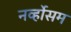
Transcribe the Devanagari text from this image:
नर्व्होसम